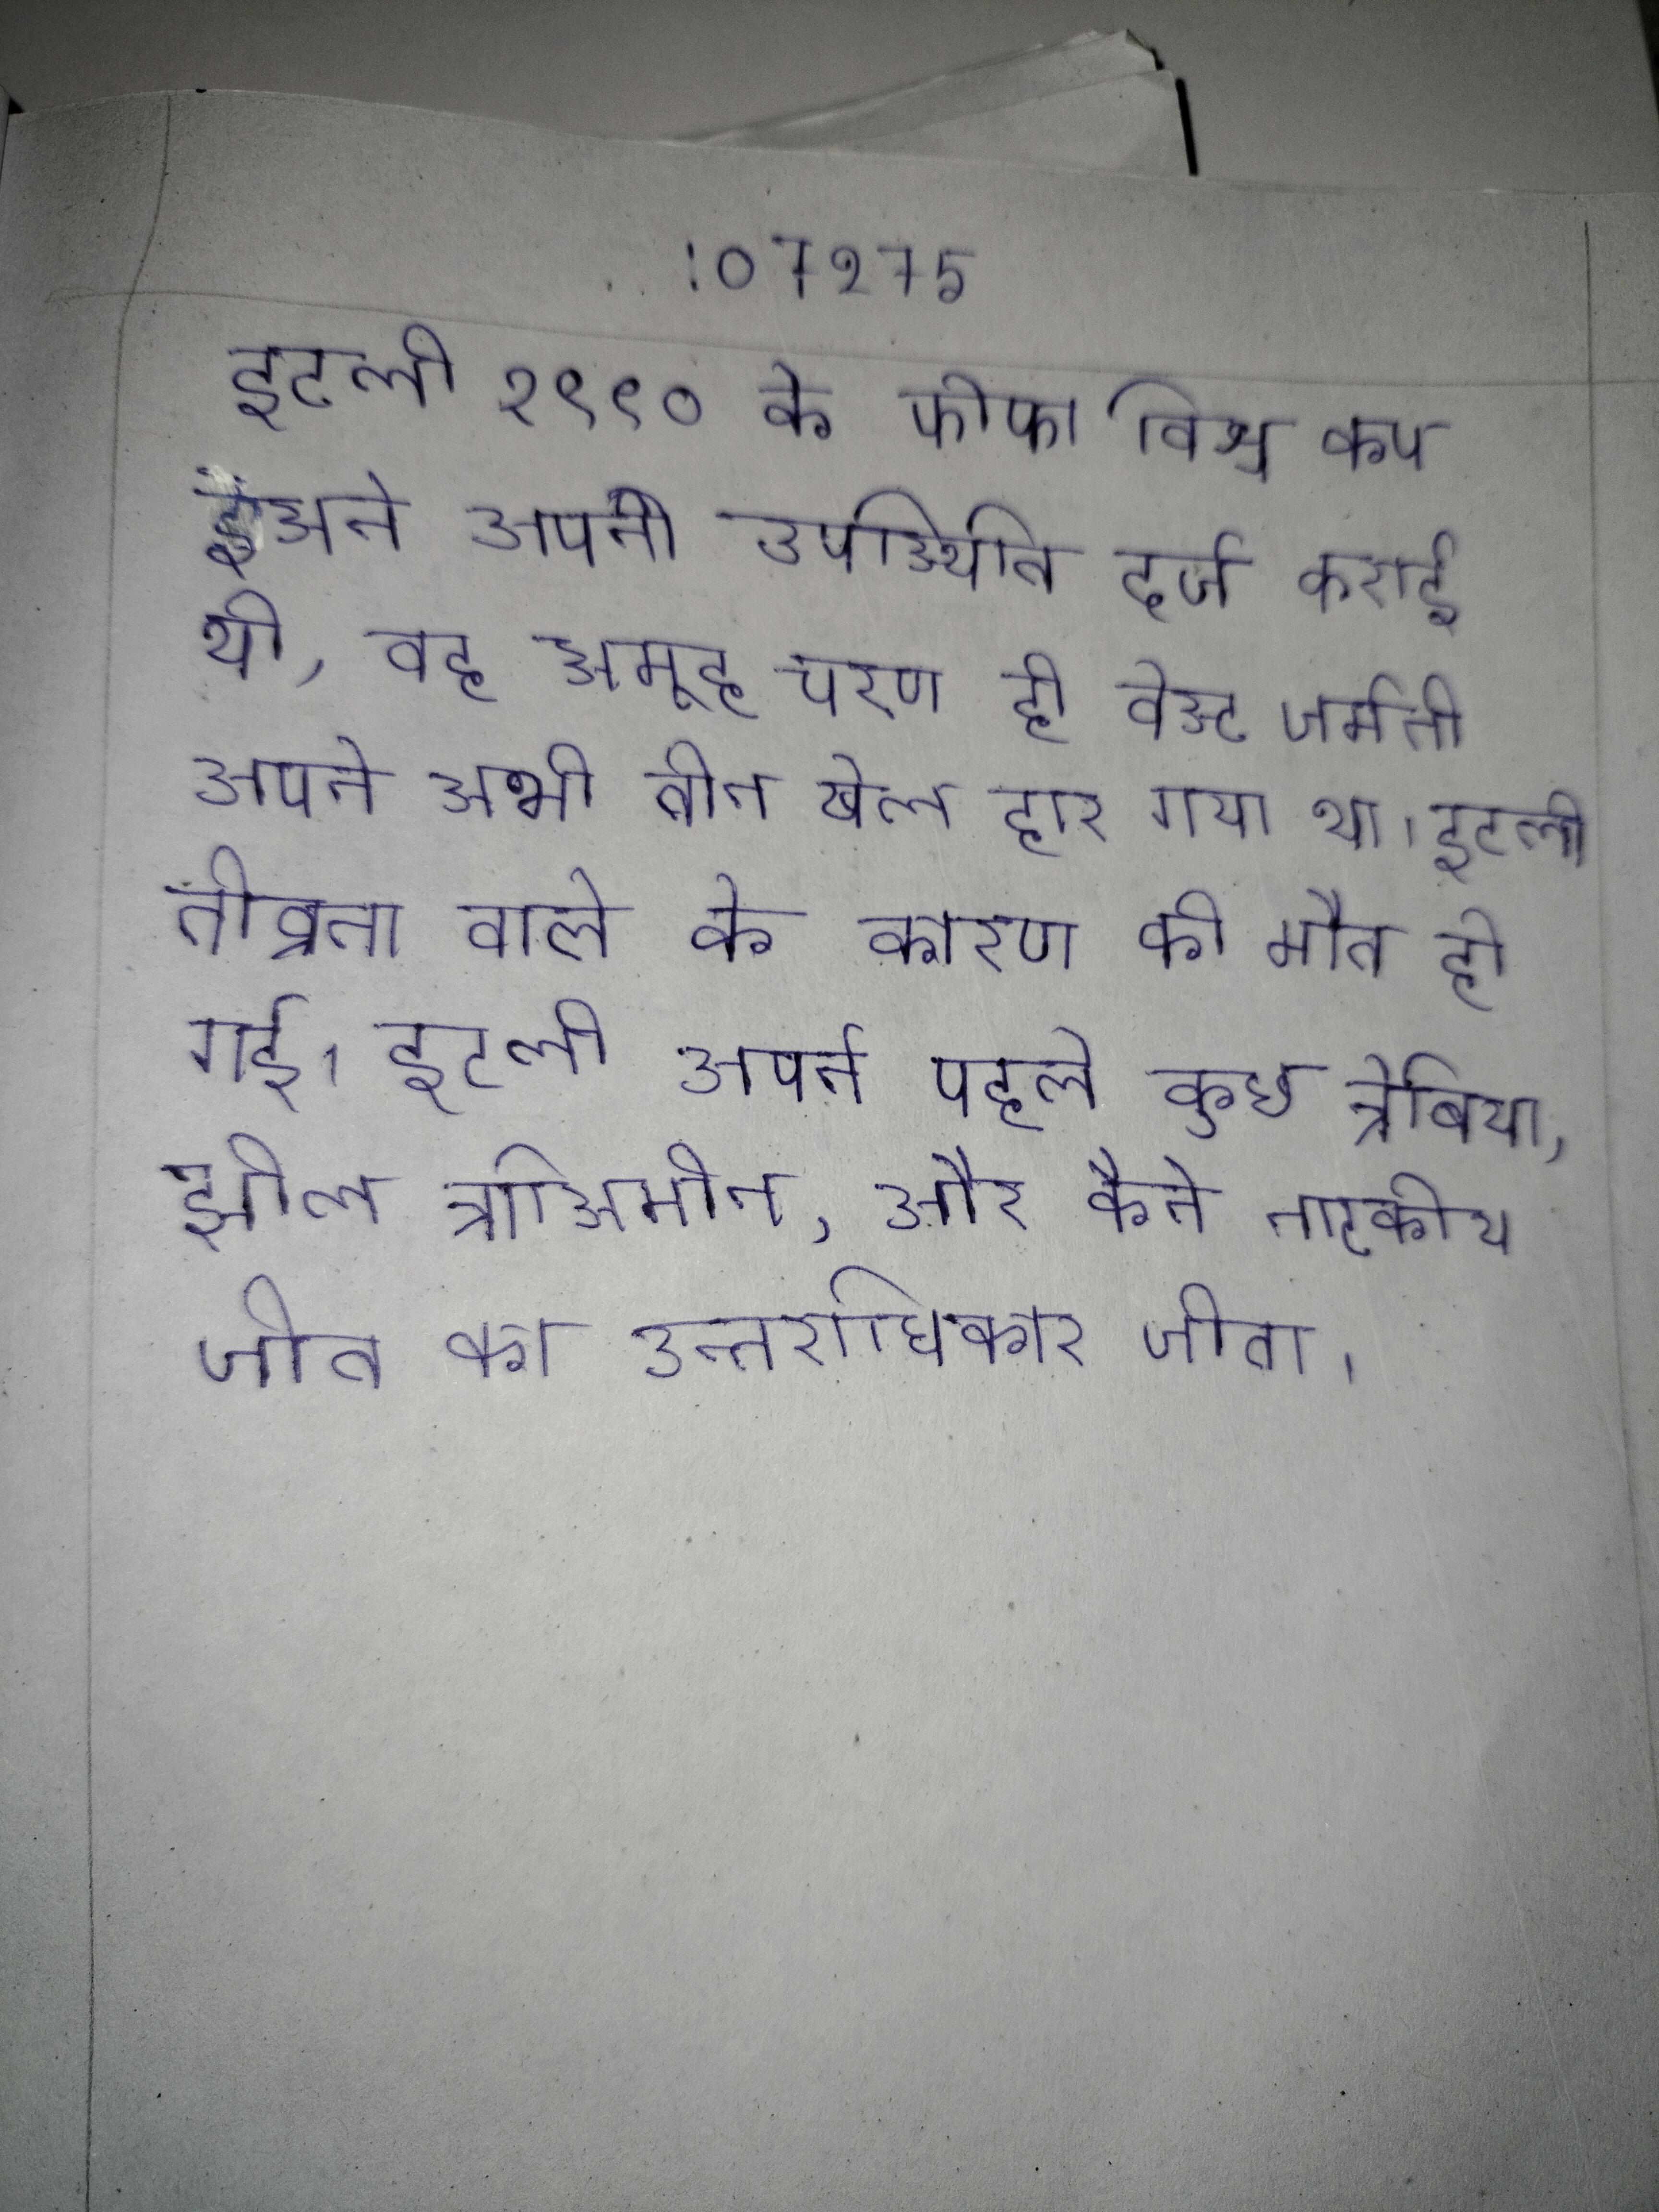
की प्रक्रिया के अनुसार विवरण के लिए, कोरियाई स्वर-शास्त्र . की माला जो वर्ण से प्रारम्भ होकर वर्ण पर समाप्त होती है, उसे कहा जाता है । की का पालन कठोरता से किया जाता बल्कि, कहना सही होगा कि उच्चारण की सुविधानुसार की कम-ज्यादा हो सकती है ।